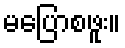
မပြောစဖူး။